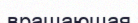
вращающая